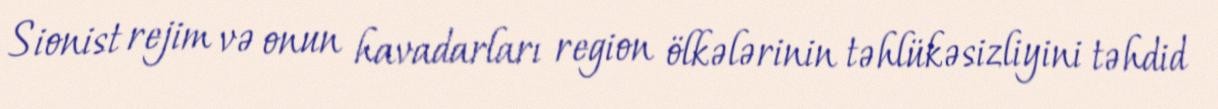
Sionist rejim və onun havadarları region ölkələrinin təhlükəsizliyini təhdid